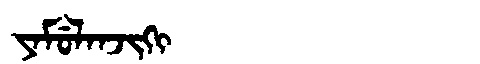
Manchu: ᠶᠠᠮᡠᠯᠠᠨᠵᡳᡴᡳ
Romanization: YAMULANJIKI